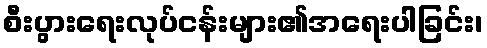
စီးပွားရေးလုပ်ငန်းများ၏အရေးပါခြင်း၊